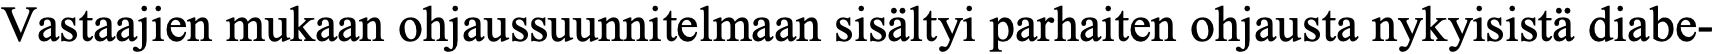
Vastaajien mukaan ohjaussuunnitelmaan sisältyi parhaiten ohjausta nykyisistä diabe-